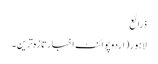
ذرائع
لاہور(اردوپوائنٹ اخبارتازہ ترین۔